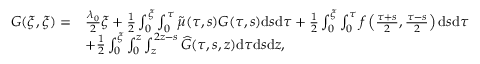
\begin{array} { r l } { G ( \xi , \xi ) = } & { { \frac { \lambda _ { 0 } } { 2 } } \xi + { { \frac { { 1 } } { 2 } } \int _ { 0 } ^ { \xi } \int _ { 0 } ^ { \tau } \widetilde { \mu } ( \tau , s ) G ( \tau , s ) \mathrm { d } s \mathrm { d } \tau } + \frac { 1 } { 2 } \int _ { 0 } ^ { \xi } \int _ { 0 } ^ { \tau } f \left( \frac { \tau + s } { 2 } , \frac { \tau - s } { 2 } \right) \mathrm { d } s \mathrm { d } \tau } \\ & { + \frac { 1 } { 2 } \int _ { 0 } ^ { \xi } \int _ { 0 } ^ { z } \int _ { z } ^ { 2 z - s } \widehat { G } ( \tau , s , z ) \mathrm { d } \tau \mathrm { d } s \mathrm { d } z , } \end{array}